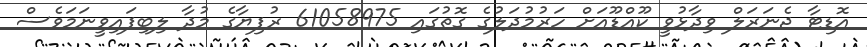
އޮޑިޓާ ޖެނަރަލް ވިދާޅުވީ ކޫއްޑޫއަށް ހަރުމުދަލުގެ ގޮތުގައި 61058975 ރުފިޔާގެ މުދާ ލިބިފައިވީނަމަވެސް